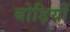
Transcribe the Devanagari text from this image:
बोड़ियों